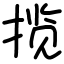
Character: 揽